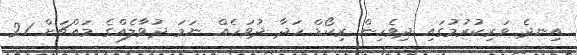
އިނދެ ވަރިކުރުމުގައި ދިވެހިން ރިކޯޑް ހަދާ ދުވަހެއް ނަމަ ދުވާލެއްގެ މައްޗަށް 21